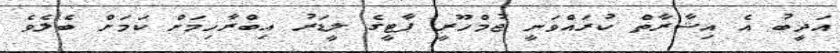
އަދީބު އެ އިޝާރާތް ކުރައްވަނީ ޖުމްހޫރީ ޕާޓީގެ ލީޑަރު އިބްރާހިމަށް ކަމަށް ބެލެވެ